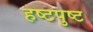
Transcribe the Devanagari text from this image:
हष्टपुष्ट